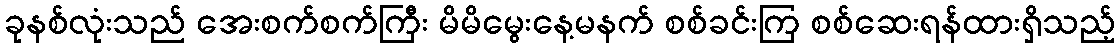
ခုနစ်လုံးသည် အေးစက်စက်ကြီး မိမိမွေးနေ့မနက် စစ်ခင်းကြ စစ်ဆေးရန်ထားရှိသည့်